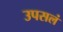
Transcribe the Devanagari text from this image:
उपसलं